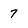
Character: 7